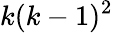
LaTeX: k(k-1)^{2}